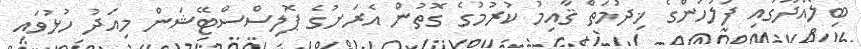
ބިލެއްދޫގައި ފުލުހުންގެ ޚިދުމަތް ޤާއިމު ކުރުމުގެ ގޮތުން އެރަށުގެ ޕޮލިސްސްޓޭޝަން މިއަދު ހުޅުވައި